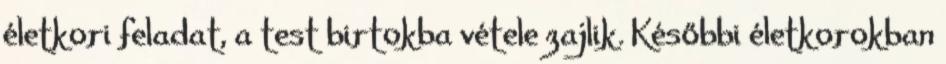
életkori feladat, a test birtokba vétele zajlik. Későbbi életkorokban